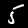
Digit: 5